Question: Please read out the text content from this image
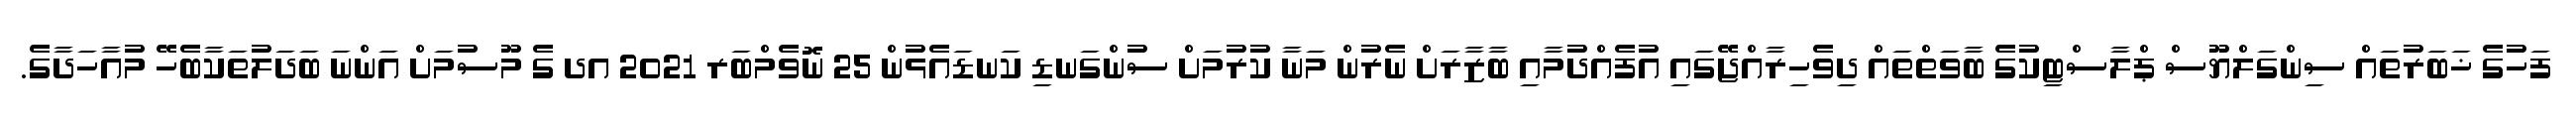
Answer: ފަހުގެ ޚަބަރުތައް ސިންގަލްޔޫސް ޕްލާސްޓިކުގެ ބާވަތްތައް ދިވެހިރާއްޖޭގައި އުފެއްދުމާއި ބާޒާރަށް ނެރުން މަނާ ކުރުމަށް ސުންގަނޑި ކަނޑައެޅުން 25 ނޮވެމްބަރ 2021 އދ ގެ މޫސުމަށް އަންނަ ބަދަލުތަކާބެހޭ މުއާހަދާގެ.